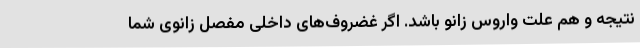
نتیجه و هم علت واروس زانو باشد. اگر غضروف‌های داخلی مفصل زانوی شما